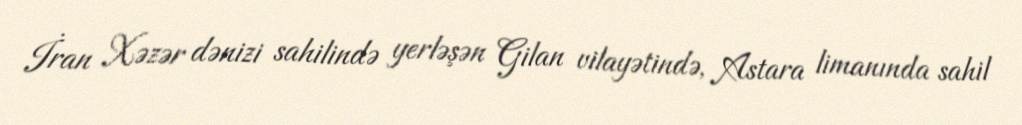
İran Xəzər dənizi sahilində yerləşən Gilan vilayətində, Astara limanında sahil